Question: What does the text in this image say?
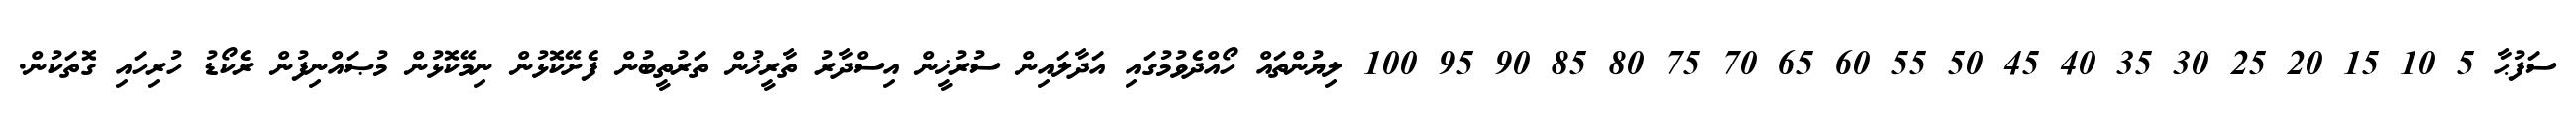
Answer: ސަފުޙާ 5 10 15 20 25 30 35 40 45 50 55 60 65 70 75 80 85 90 95 100 ލިޔުންތައް ހޯއްދެވުމުގައި އަދާލައިން ސުރުޚީން އިސްދާރު ތާރީޚުން ތަރުތީބުން ފެށޭކޮޅުން ނިމޭކޮޅުން މުޞައްނިފުން ރެކޯޑު ހުރިހައި ގޮތަކުން.